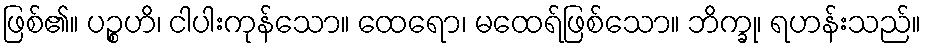
ဖြစ်၏။ ပဉ္စဟိ၊ ငါပါးကုန်သော။ ထေရော၊ မထေရ်ဖြစ်သော။ ဘိက္ခု၊ ရဟန်းသည်။